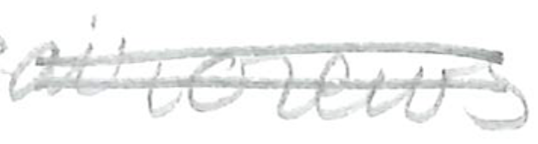
Text: aircrews
Cross-out: double-line
Writing tool: pencil